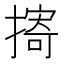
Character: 㨳